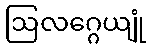
ဩလဂ္ဂေယျုံ